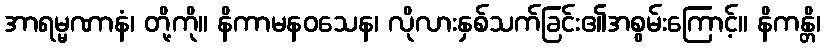
အာရမ္မဏာနံ၊ တို့ကို။ နိကာမနဝသေန၊ လိုလားနှစ်သက်ခြင်း၏အစွမ်းကြောင့်။ နိကန္တိ၊